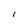
Character: I